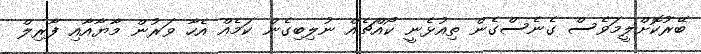
ބޭރުކޮށްލީމަވެސް ގެނެސްގެން ތިއުޅެނީ ކޯއްޗެއް ނުލިބިގެން ކަމެއް އެހާ ވަރުން މާޔާއާއި ފާރިލް